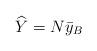
LaTeX: \begin{align*}\widehat{Y} = N \bar{y}_B \end{align*}